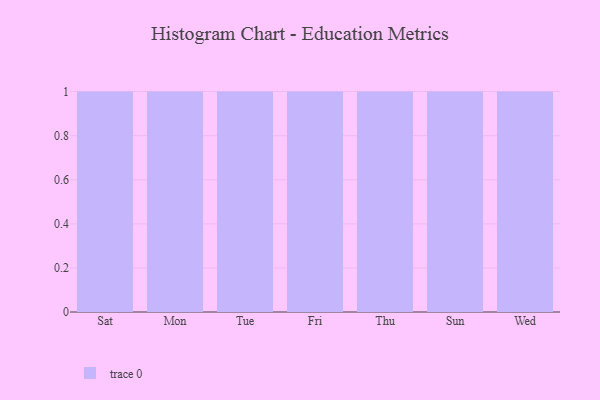
{"axis": {"x": "Day", "y": "Operating Costs (USD K)"}, "legend": [""], "data": [{"x": "Sat", "y": 80, "type": ""}, {"x": "Mon", "y": 79, "type": ""}, {"x": "Tue", "y": 26, "type": ""}, {"x": "Fri", "y": 56, "type": ""}, {"x": "Thu", "y": 65, "type": ""}, {"x": "Sun", "y": 76, "type": ""}, {"x": "Wed", "y": 16, "type": ""}]}